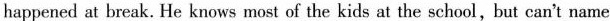
happened at break. He knows most of the kids at the school,but can't name